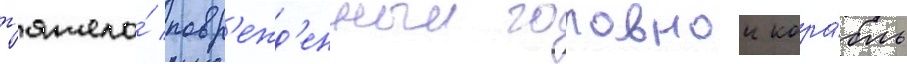
т'яжело́ повр'ежд'енныи головнои кора́бль